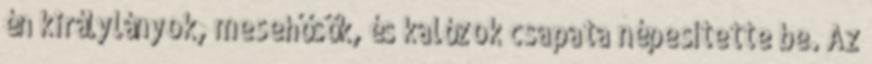
én királylányok, mesehősök, és kalózok csapata népesítette be. Az